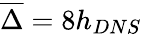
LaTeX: \overline{{\Delta}}=8h_{DNS}